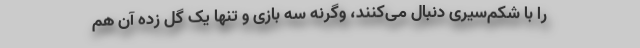
را با شکم‌سیری دنبال می‌کنند، وگرنه سه بازی و تنها یک گل زده آن هم